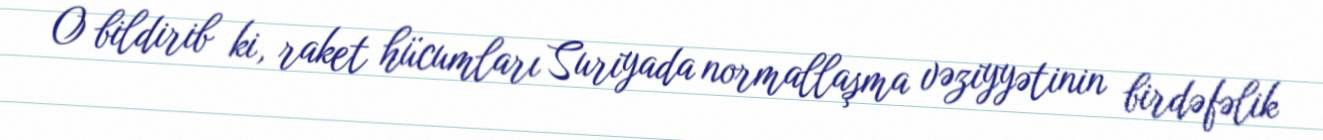
O bildirib ki, raket hücumları Suriyada normallaşma vəziyyətinin birdəfəlik